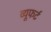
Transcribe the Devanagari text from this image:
व्यूफर्ट